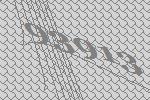
93913